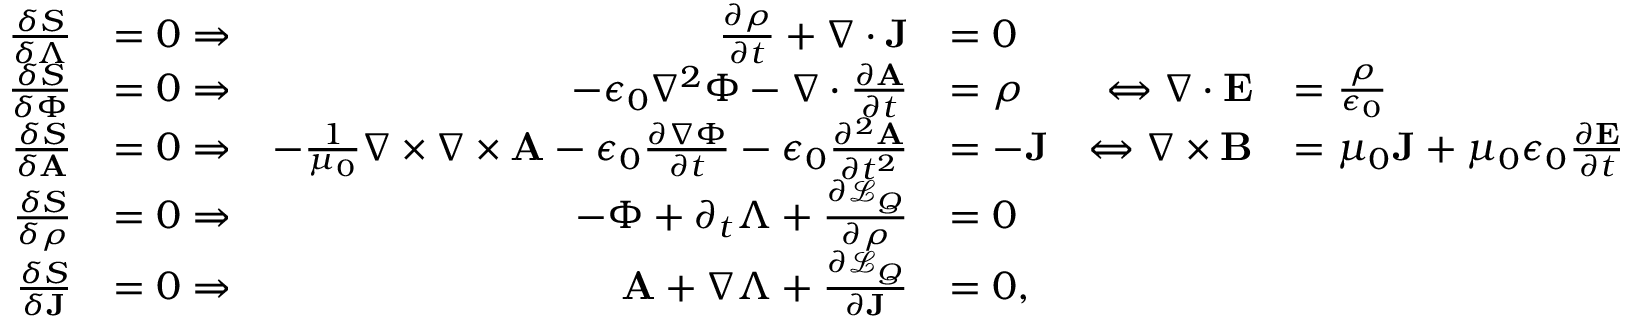
\begin{array} { r l r l r l } { \frac { \delta S } { \delta \Lambda } } & { = 0 \Rightarrow } & { \frac { \partial \rho } { \partial t } + \nabla \cdot \mathbf { J } } & { = 0 } \\ { \frac { \delta S } { \delta \Phi } } & { = 0 \Rightarrow } & { - \epsilon _ { 0 } \nabla ^ { 2 } \Phi - \nabla \cdot \frac { \partial \mathbf { A } } { \partial t } } & { = \rho } & { \Leftrightarrow \nabla \cdot \mathbf { E } } & { = \frac { \rho } { \epsilon _ { 0 } } } \\ { \frac { \delta S } { \delta \mathbf { A } } } & { = 0 \Rightarrow } & { - \frac { 1 } { \mu _ { 0 } } \nabla \times \nabla \times \mathbf { A } - \epsilon _ { 0 } \frac { \partial \nabla \Phi } { \partial t } - \epsilon _ { 0 } \frac { \partial ^ { 2 } \mathbf { A } } { \partial t ^ { 2 } } } & { = - \mathbf { J } } & { \Leftrightarrow \nabla \times \mathbf { B } } & { = \mu _ { 0 } \mathbf { J } + \mu _ { 0 } \epsilon _ { 0 } \frac { \partial \mathbf { E } } { \partial t } } \\ { \frac { \delta S } { \delta \rho } } & { = 0 \Rightarrow } & { - \Phi + \partial _ { t } \Lambda + \frac { \partial \mathcal { L } _ { Q } } { \partial \rho } } & { = 0 } \\ { \frac { \delta S } { \delta \mathbf { J } } } & { = 0 \Rightarrow } & { \mathbf { A } + \nabla \Lambda + \frac { \partial \mathcal { L } _ { Q } } { \partial \mathbf { J } } } & { = 0 , } \end{array}